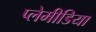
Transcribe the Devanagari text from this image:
प्लेमीडिया